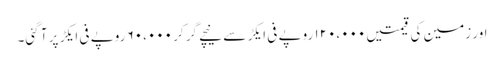
اور زمین کی قیمتیں ۱۲۰،۰۰۰ روپے فی ایکڑ سے نیچے گر کر ۶۰،۰۰۰ روپے فی ایکڑ پر آ گئی۔